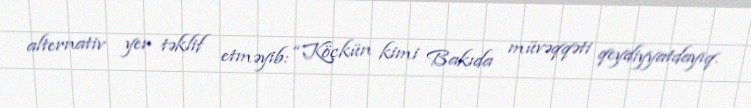
alternativ yer təklif etməyib: “Köçkün kimi Bakıda müvəqqəti qeydiyyatdayıq.